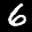
Label: 6